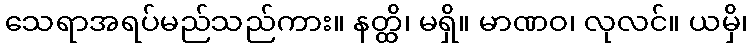
သေရာအရပ်မည်သည်ကား။ နတ္ထိ၊ မရှိ။ မာဏဝ၊ လုလင်။ ယမှိ၊